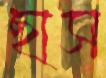
ছাস